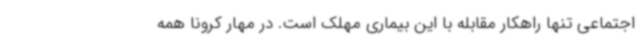
اجتماعی تنها راهکار مقابله با این بیماری مهلک است. در مهار کرونا همه